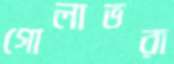
গোলাভরা